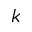
k